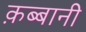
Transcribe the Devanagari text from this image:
क़ब्बानी